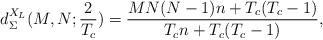
LaTeX: \begin{align*}d_\Sigma ^{{X_L}}(M,N;\frac{2}{{{T_c}}}) = \frac{{MN(N - 1)n + {T_c}({T_c} - 1)}}{{{T_c}n + {T_c}({T_c} - 1)}},\end{align*}